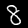
Label: 8